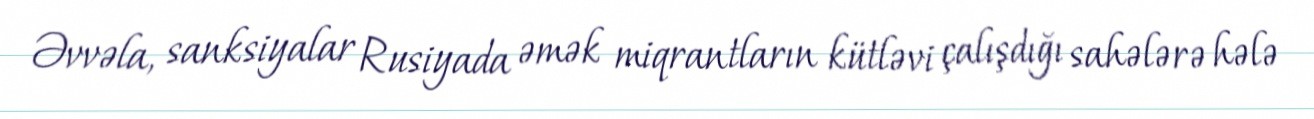
Əvvəla, sanksiyalar Rusiyada əmək miqrantların kütləvi çalışdığı sahələrə hələ